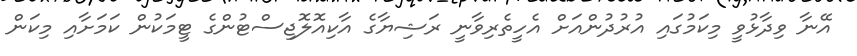
އޭނާ ވިދާޅުވީ މިކަމުގައި އުރުދުންއަށް އެހީތެރިވާނީ ރަޝިޔާގެ އާކިއޮލޮޖިސްޓުންގެ ޓީމަކުން ކަމަށާއި މިކަން